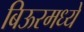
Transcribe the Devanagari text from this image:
बिऊरमध्ये